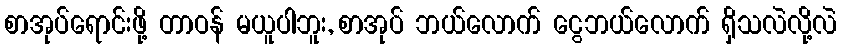
စာအုပ်ရောင်းဖို့ တာဝန် မယူပါဘူး, စာအုပ် ဘယ်လောက် ငွေဘယ်လောက် ရှိသလဲလို့လဲ